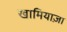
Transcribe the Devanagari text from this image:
खामियाज़ा